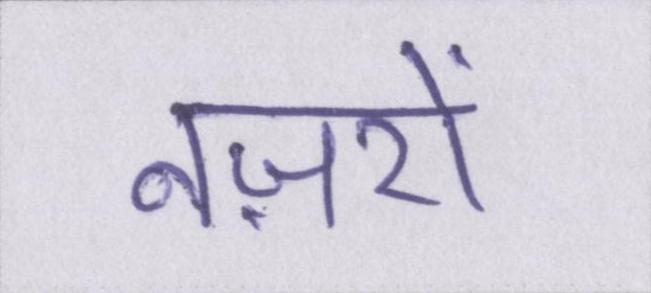
नज़रों